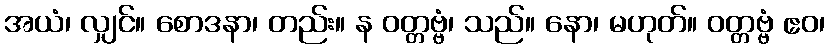
အယံ၊ လျှင်။ စောဒနာ၊ တည်း။ န ဝတ္တဗ္ဗံ၊ သည်။ နော၊ မဟုတ်။ ဝတ္တဗ္ဗံ ဧဝ၊